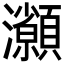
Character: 𤅓